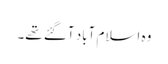
وہ اسلام آباد آگئے تھے۔